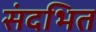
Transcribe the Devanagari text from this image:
संदभित